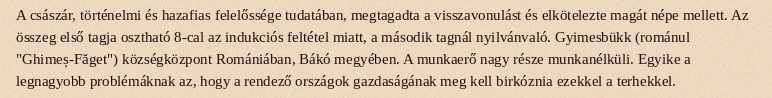
A császár, történelmi és hazafias felelőssége tudatában, megtagadta a visszavonulást és elkötelezte magát népe mellett. Az összeg első tagja osztható 8-cal az indukciós feltétel miatt, a második tagnál nyilvánvaló. Gyimesbükk (románul "Ghimeș-Făget") községközpont Romániában, Bákó megyében. A munkaerő nagy része munkanélküli. Egyike a legnagyobb problémáknak az, hogy a rendező országok gazdaságának meg kell birkóznia ezekkel a terhekkel.